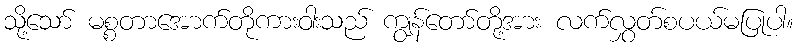
သို့သော် မစ္စတာအောက်တိုကားဝါးသည် ကျွန်တော်တို့အား လက်လွှတ်စပယ်မပြုပါ။